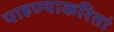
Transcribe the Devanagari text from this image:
पाहण्याकरितां